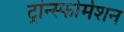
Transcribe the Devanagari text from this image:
ट्रांन्स्फोर्मेशन